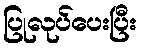
ပြုလုပ်ပေးပြီး